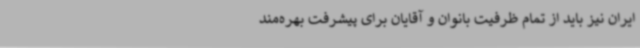
ایران نیز باید از تمام ظرفیت بانوان و آقایان برای پیشرفت بهره‌مند